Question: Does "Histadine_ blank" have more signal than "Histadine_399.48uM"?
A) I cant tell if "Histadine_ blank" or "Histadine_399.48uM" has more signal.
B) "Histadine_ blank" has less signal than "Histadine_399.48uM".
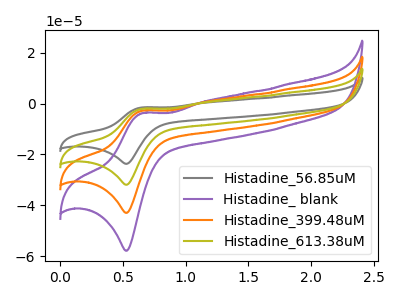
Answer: <think>The gray curve "Histadine_56.85uM" has an anodic peak at (0.65V, -8.35uA) and a cathodic peak at (0.55V, -128.85uA). The purple curve "Histadine_ blank" has an anodic peak at (0.65V, -3.75uA) and a cathodic peak at (0.55V, -57.80uA). The orange curve "Histadine_399.48uM" has an anodic peak at (0.65V, -2.80uA) and a cathodic peak at (0.55V, -42.95uA). The olive curve "Histadine_613.38uM" has an anodic peak at (0.65V, -5.60uA) and a cathodic peak at (0.55V, -85.90uA).
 All the peaks in "Histadine_ blank" have a peak in "Histadine_399.48uM" at the same potential.</think>
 <answer>A) I cant tell if "Histadine_ blank" or "Histadine_399.48uM" has more signal.</answer>
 <eval>A</eval>